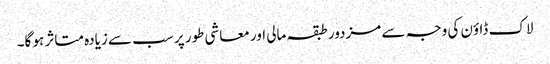
لاک ڈاؤن کی وجہ سے مزدور طبقہ مالی اور معاشی طور پر سب سے زیادہ متاثر ہو گا۔